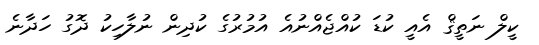
ކީލް ނަތީޤް އެއީ ކުޑަ ކުއްޖެއްނުއެ އުމުރުގެ ކުދިން ނުލާހިކު ދޮގު ހަދާނެ